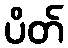
ပိတ်